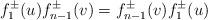
LaTeX: \begin{align*}f_{1}^{\pm}(u)f_{n-1}^{\pm}(v)=f_{n-1}^{\pm}(v)f_{1}^{\pm}(u)\end{align*}